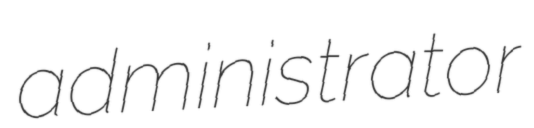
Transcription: administrator